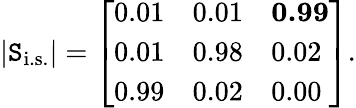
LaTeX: |\mathtt{S}_{\mathrm{{i.s.}}}|=\left[\begin{array}{lll}{{0.01}}&{{0.01}}&{{\mathbf{0.99}}}\\ {{0.01}}&{{0.98}}&{{0.02}}\\ {{0.99}}&{{0.02}}&{{0.00}}\end{array}\right].